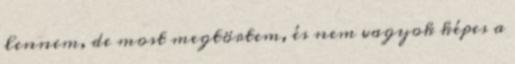
lennem, de most megtörtem, és nem vagyok képes a